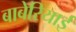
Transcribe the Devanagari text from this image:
बाबेरियाई